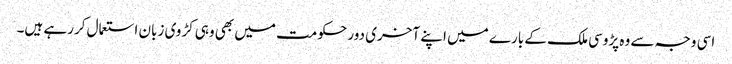
اسی وجہ سے وہ پڑوسی ملک کے بارے میں اپنے آخری دور حکومت میں بھی وہی کڑوی زبان استعمال کررہے ہیں۔